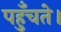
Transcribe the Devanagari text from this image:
पहुँचते।